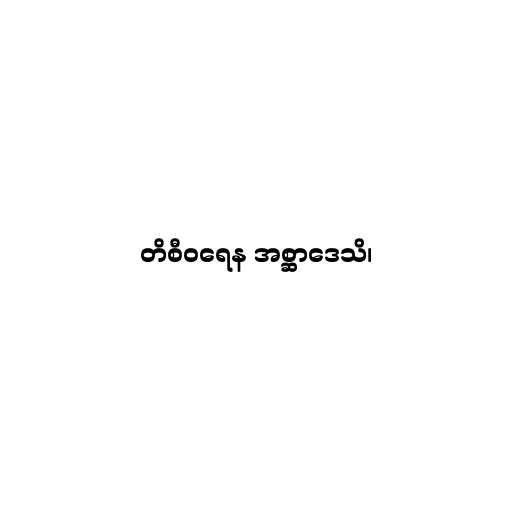
တိစီဝရေန အစ္ဆာဒေသိ၊